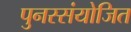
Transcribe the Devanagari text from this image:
पुनस्संयोजित